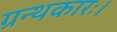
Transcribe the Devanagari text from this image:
ग्रन्थकारः।